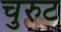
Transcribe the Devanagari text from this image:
चुरुट